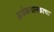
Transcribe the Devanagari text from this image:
अर्धकथानकाचा